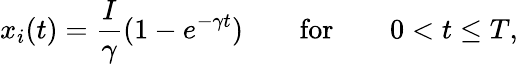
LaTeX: x_{i}(t)=\frac{I}{\gamma}(1-e^{-\gamma t})\qquad\mathrm{for}\qquad 0<t\leq T,